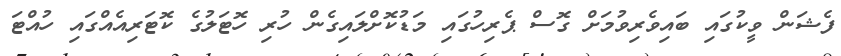
ފެޝަން ވީކުގައި ބައިވެރިވުމަށް ގޮސް ޕެރިހުގައި މަޑުކޮށްލައިގެން ހުރި ހޮޓަލުގެ ކޮޓަރިއެއްގައި ހުއްޓަ